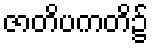
ဇာတိပကတိ၌